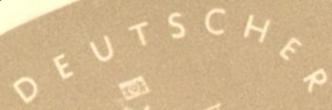
DEUTSCHER